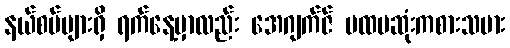
နယ်စပ်များရှိ ရက်နေ့မှာလည်း အေဂျက်ဇ် ပထမဆုံးကစားသမား